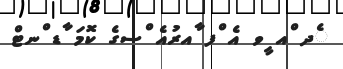
ެދ ްއ ީވ އެ ްފ ާއރުއެ ްސގެ ކޮމަ ާޑ ްނޓް